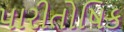
પારીતોષિક